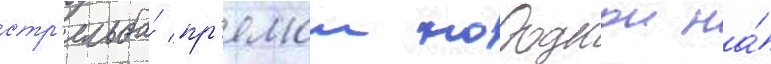
стр'ельба́ пр'ямои наводкои на́